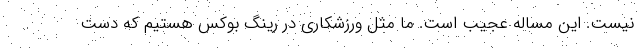
نیست. این مساله عجیب است. ما مثل ورزشکاری در رینگ بوکس هستیم که دست